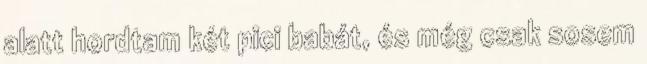
alatt hordtam két pici babát, és még csak sosem